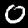
Label: 0